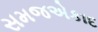
સમજએકાદ